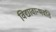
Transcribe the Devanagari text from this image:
विद्यावान्भवति